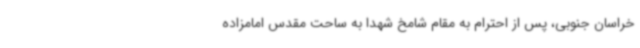
خراسان جنوبی، پس از احترام به مقام شامخ شهدا به ساحت مقدس امامزاده